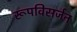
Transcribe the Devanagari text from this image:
रूपविसर्जन